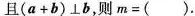
且$$(a+b)\bot b$$，则$$m=( )$$.